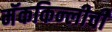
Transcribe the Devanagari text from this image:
मॅककिन्लीची